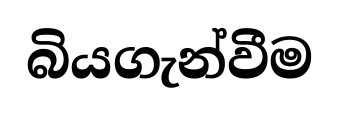
බියගැන්වීම